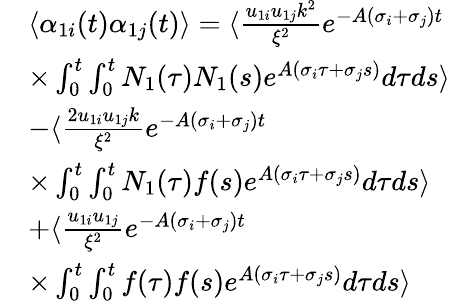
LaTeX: \begin{array}{rl}&{\langle\alpha_{1i}(t)\alpha_{1j}(t)\rangle=\langle\frac{u_{1i}u_{1j}k^{2}}{\xi^{2}}e^{-A(\sigma_{i}+\sigma_{j})t}}\\ &{\times\int_{0}^{t}\int_{0}^{t}N_{1}(\tau)N_{1}(s)e^{A(\sigma_{i}\tau+\sigma_{j}s)}d\tau ds\rangle}\\ &{-\langle\frac{2u_{1i}u_{1j}k}{\xi^{2}}e^{-A(\sigma_{i}+\sigma_{j})t}}\\ &{\times\int_{0}^{t}\int_{0}^{t}N_{1}(\tau)f(s)e^{A(\sigma_{i}\tau+\sigma_{j}s)}d\tau ds\rangle}\\ &{+\langle\frac{u_{1i}u_{1j}}{\xi^{2}}e^{-A(\sigma_{i}+\sigma_{j})t}}\\ &{\times\int_{0}^{t}\int_{0}^{t}f(\tau)f(s)e^{A(\sigma_{i}\tau+\sigma_{j}s)}d\tau ds\rangle}\end{array}